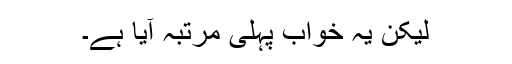
لیکن یہ خواب پہلی مرتبہ آیا ہے۔